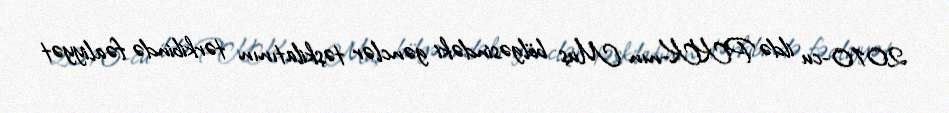
2010-cu ildə PKK-nın Muş bölgəsindəki gənclər təşkilatının tərkibində fəaliyyət